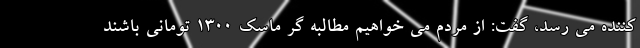
کننده می رسد، گفت: از مردم می خواهیم مطالبه گر ماسک ۱۳۰۰ تومانی باشند